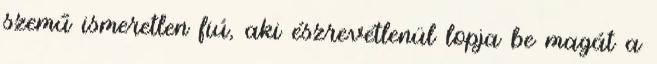
szemű ismeretlen fiú, aki észrevétlenül lopja be magát a